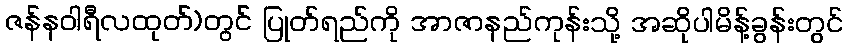
ဇန်နဝါရီလထုတ်)တွင် ပြုတ်ရည်ကို အာဇာနည်ကုန်းသို့ အဆိုပါမိန့်ခွန်းတွင်